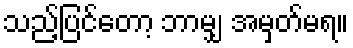
သည့်ပြင်တော့ ဘာမျှ အမှတ်မရ။